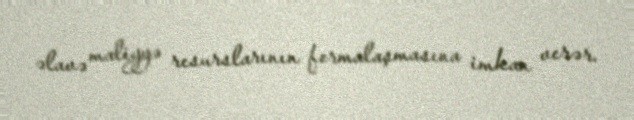
əlavə maliyyə resurslarının formalaşmasına imkan verər.